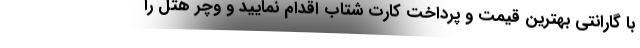
با گارانتی بهترین قیمت و پرداخت کارت شتاب اقدام نمایید و وچر هتل را